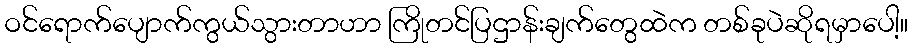
ဝင်ရောက်ပျောက်ကွယ်သွားတာဟာ ကြိုတင်ပြဌာန်းချက်တွေထဲက တစ်ခုပဲဆိုရမှာပေါ့။